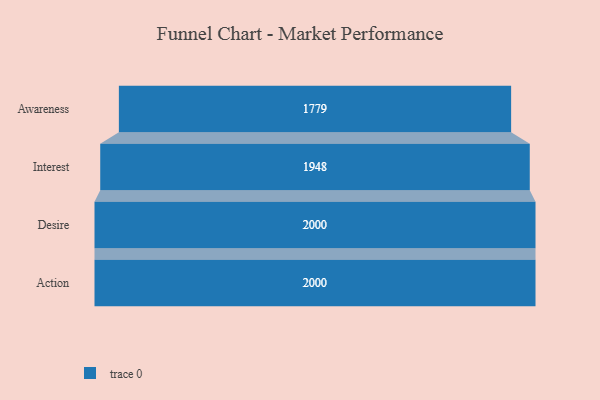
{"axis": {"x": "Stage", "y": "Value"}, "legend": [""], "data": [{"x": "Awareness", "y": 1779.0, "type": ""}, {"x": "Interest", "y": 1948.0, "type": ""}, {"x": "Desire", "y": 2000, "type": ""}, {"x": "Action", "y": 2000, "type": ""}]}